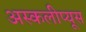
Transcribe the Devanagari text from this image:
अस्कलीप्यूस